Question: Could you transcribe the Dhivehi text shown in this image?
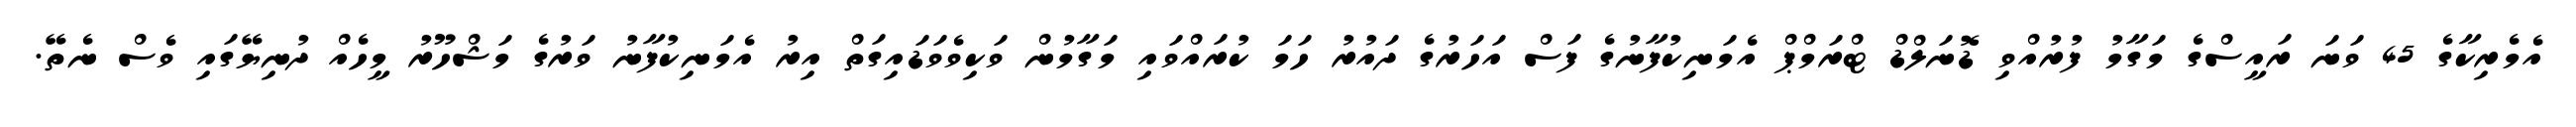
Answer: އެމެރިކާގެ 45 ވަނަ ރައީސްގެ މަގާމު ފުރުއްވި ޑޮނަލްޑް ޓްރަމްޕް އެމަނިކުފާނުގެ ފަސް އަހަރުގެ ދައުރު ހަމަ ކުރައްވައި މަގާމުން ވަކިވެވަޑައިގަތް އިރު އެމަނިކުފާނު ވަރުގެ މަޝްހޫރު މީހެއް ދުނިޔޭގައި ވެސް ނެތޭ.